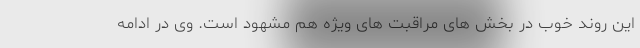
این روند خوب در بخش های مراقبت های ویژه هم مشهود است. وی در ادامه